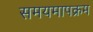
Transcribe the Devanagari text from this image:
समयमापक्रम